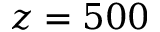
z = 5 0 0